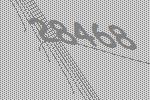
28468